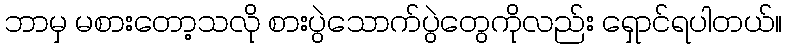
ဘာမှ မစားတော့သလို စားပွဲသောက်ပွဲတွေကိုလည်း ရှောင်ရပါတယ်။